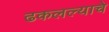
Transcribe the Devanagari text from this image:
ढकलल्याचे